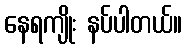
နေရကျိုး နပ်ပါတယ်။